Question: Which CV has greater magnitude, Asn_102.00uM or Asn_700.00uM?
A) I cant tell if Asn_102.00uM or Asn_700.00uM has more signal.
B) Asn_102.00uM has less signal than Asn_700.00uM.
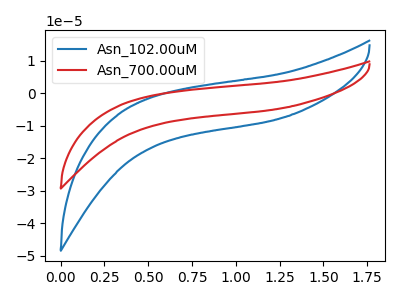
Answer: <think>The blue curve "Asn_102.00uM" has no peaks. The red curve "Asn_700.00uM" has no peaks.
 Neither "Asn_102.00uM" or "Asn_700.00uM" have any peaks.</think>
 <answer>A) I cant tell if "Asn_102.00uM" or "Asn_700.00uM" has more signal.</answer>
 <eval>A</eval>